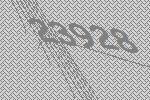
23928